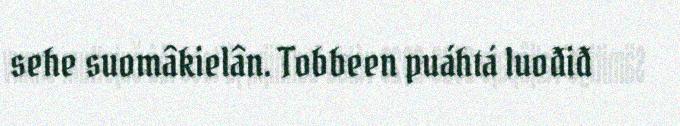
sehe suomâkielân. Tobbeen puáhtá luođiđ